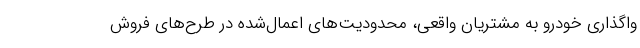
واگذاری خودرو به مشتریان واقعی، محدودیت‌های اعمال‌شده در طرح‌های فروش